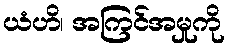
ယံဟိ၊ အကြင်အမှုကို